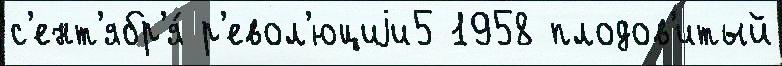
с'ент'ябр'я́ р'евол'юциjи5 1958 плодов'итый